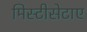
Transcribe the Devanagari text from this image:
मिस्टीसेटाए